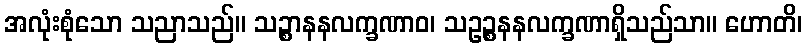
အလုံးစုံသော သညာသည်။ သဉ္စာနနလက္ခဏာဝ၊ သဥဉ္စနနလက္ခဏာရှိသည်သာ။ ဟောတိ၊